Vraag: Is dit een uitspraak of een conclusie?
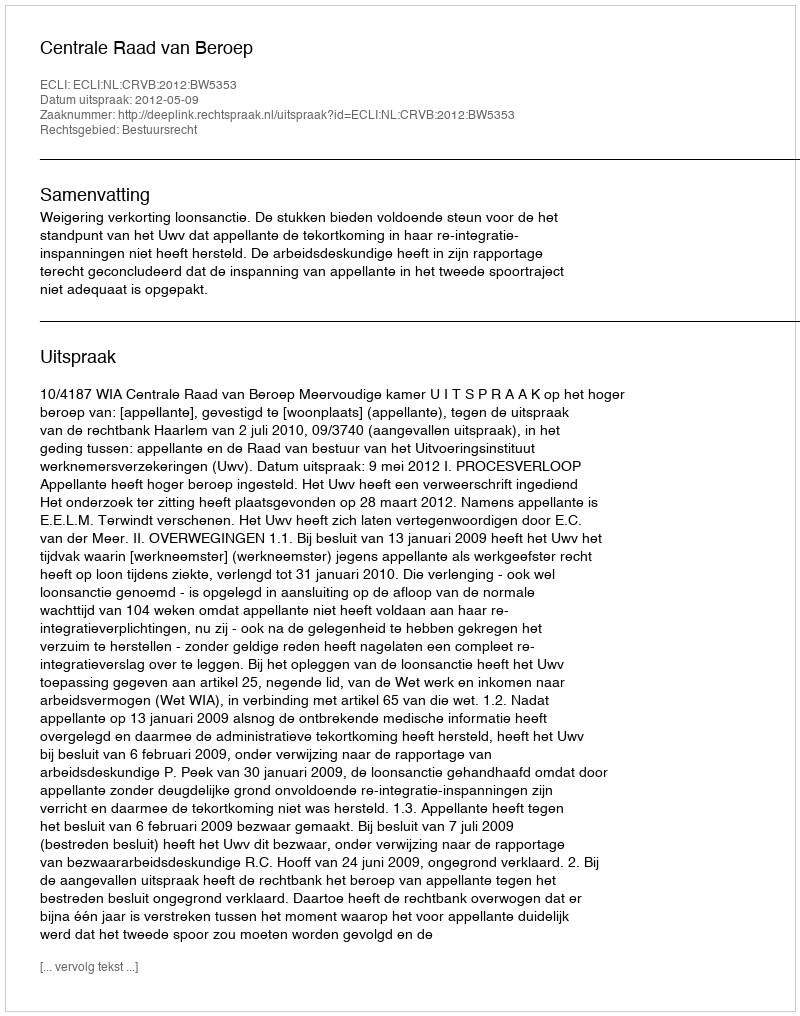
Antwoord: Uitspraak